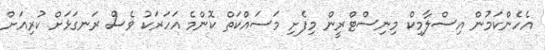
އެހެންކަމުން އިސްލާމިކް މިނިސްޓްރީން މިފެށި މަސައްކަތް ކޮންމެ އަހަރަކު ވެސް ރަނގަޅަށް ކުރިއަށް